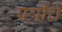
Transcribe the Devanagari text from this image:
पत्रींचे